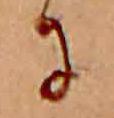
に